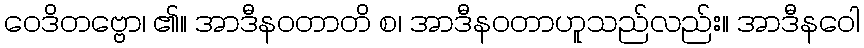
ဝေဒိတဗ္ဗော၊ ၏။ အာဒီနဝတာတိ စ၊ အာဒီနဝတာဟူသည်လည်း။ အာဒီနဝေါ